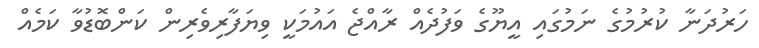
ހަރުދަނާ ކުރުމުގެ ނަމުގައި އީޔޫގެ ވަފުދެއް ރާއްޖެ އައުމަކީ ވިޔަފާރިވެރިން ކަންބޮޑުވާ ކަމެއް